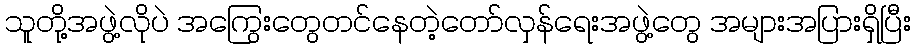
သူတို့အဖွဲ့လိုပဲ အကြွေးတွေတင်နေတဲ့တော်လှန်ရေးအဖွဲ့တွေ အများအပြားရှိပြီး